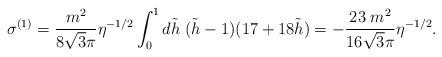
LaTeX: \begin{align*}\sigma^{(1)}= \frac{m^2}{8 \sqrt{3} \pi} \eta^{-1/2} \int_0^1 d{\tilde h} \; ({\tilde h}-1)(17+18 {\tilde h})= -\frac{23 \; m^2}{16 \sqrt{3} \pi} \eta^{-1/2}.\end{align*}